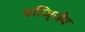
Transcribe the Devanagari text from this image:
परिज्ञेय